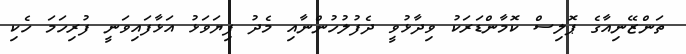
ތަންޒޭނިއާގެ ޕޮލިސް ކޮމާންޑަރަކު ވިދާޅުވީ ދެފުލުހުންނާއި މެދު ފިޔަވަޅު އަޅާފައިވަނީ ފުރިހަމަ ހެކި